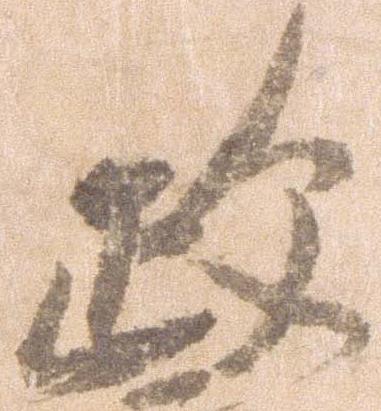
政